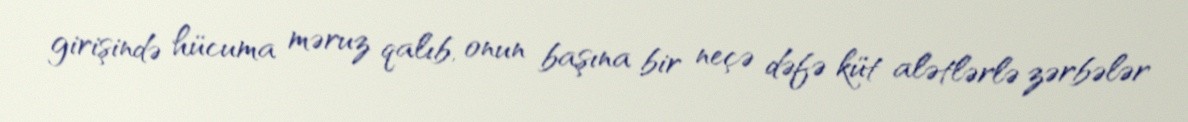
girişində hücuma məruz qalıb, onun başına bir neçə dəfə küt alətlərlə zərbələr